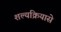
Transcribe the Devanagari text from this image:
शल्यक्रियासे